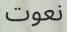
نعوت